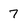
Character: 7